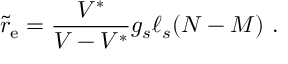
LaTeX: { \tilde { r } } _ { \mathrm { e } } = { \frac { V ^ { * } } { V - V ^ { * } } } g _ { s } \ell _ { s } ( N - M ) \ .